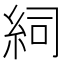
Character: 𥿆